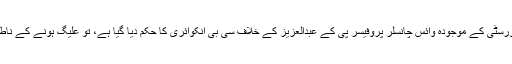
آپ نے جب یہ خبر سنی کہ یونیورسٹی کے موجودہ وائس چانسلر پروفیسر پی کے عبدالعزیز کے خلاف سی بی انکوائری کا حکم دیا گیا ہے، تو علیگ ہونے کے ناطے آپ پر اس خبر کا کیا اثر ہوا؟